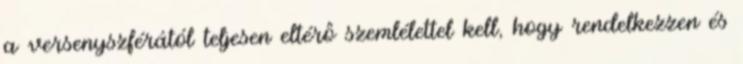
a versenyszférától teljesen eltérô szemlélettel kell, hogy rendelkezzen és